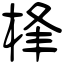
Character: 桻